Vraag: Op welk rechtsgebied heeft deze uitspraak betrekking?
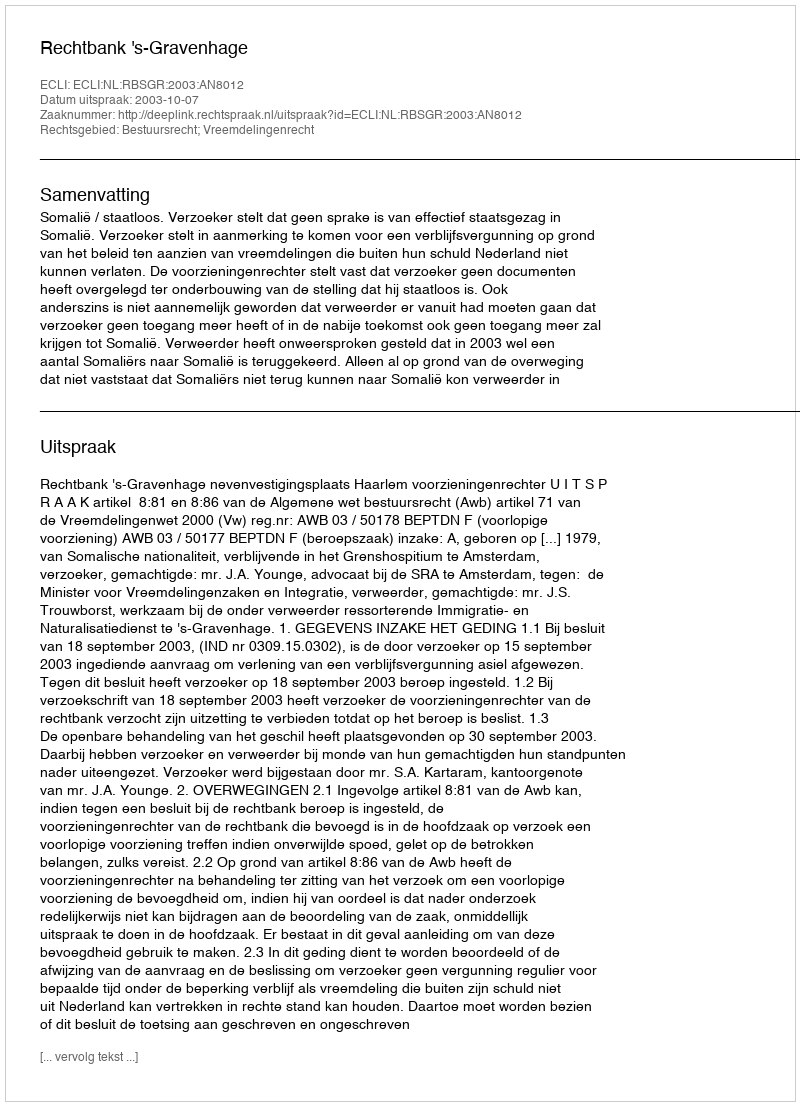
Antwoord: Bestuursrecht; Vreemdelingenrecht